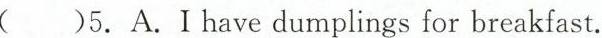
( )5.A.Ihave dumplings for breakfast.